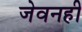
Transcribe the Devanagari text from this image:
जेवनही